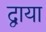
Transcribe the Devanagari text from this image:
द्वाया